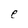
Character: e